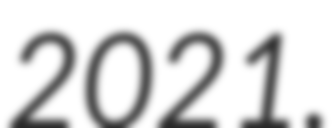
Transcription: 2021.